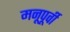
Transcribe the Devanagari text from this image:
मनूपूर्वी